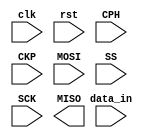
module receiver_SPI(
    // Inputs
    clk,     // Clock, viene del CPU
    rst,     // Reset del sistema
    CPH,     // Define el flanco de SCK 
    CKP,     // Define la polaridad de SCK
    MOSI,    // Recibe bit por bit la información enviada por el Transmisor
    data_in, // Ingreso de dato que debe enviarse por MOSI
    SS,      // Prepara para iniciar el envío de información (CS)
    SCK,     // Reloj interno que sale del Transmisor
   
    // Outputs
    MISO    // Comunicación Receptor -> Transmisor, bit por bit
    ); 

    // Declaración de entradas (inputs)
    input clk, rst, CPH, CKP, MOSI, SS, SCK; 
    input [15:0] data_in; 

    // Declaración de salidas (outputs)
    output reg MISO;

    // Asignando estados
    localparam WAITING = 2'b00;
    localparam START = 2'b01; 
    localparam TRANSFER = 2'b10;
    
    // Para la frecuencia de SCK
    localparam DIV_FREQ = 2;

    // Variables internas
    reg [2:0] state, nx_state;         // Para manejar los estados
    reg [6:0] count_bit, nx_count_bit; // Para contar los bits que salen 
    reg [DIV_FREQ-1:0] div_freq;       // Para calcular SCK
    reg [15:0] inter_data, nx_inter_data;              // Variable interna, almacena data_in
    wire posedge_sck;                  // Capturar Posedge SCK
    wire negedge_sck;                  // Capturar Negedge SCK

    reg sck_anterior; 
    assign posedge_sck = !sck_anterior && SCK; // Flanco positivo de SCK
    assign negedge_sck = sck_anterior && !SCK; // Flanco negativo de SCK
    
    // Declarando FFs
    always @(posedge clk) begin
        if (!rst) begin
            state        <= WAITING;
            count_bit    <= 0;
            div_freq     <= 0;
            sck_anterior <= 0;
            inter_data <= 0; 
        end else begin
            state        <= nx_state;
            count_bit    <= nx_count_bit;
            div_freq     <= div_freq+1;
            sck_anterior <= SCK;
            inter_data   <= nx_inter_data ; 

        end
    end // Fin declaración de FFs

    // Declaración lógica combinacional
    always @(*)begin
        nx_state = state; 
        nx_count_bit = count_bit;
        nx_inter_data = inter_data;

        /*            CPK     CPH
            Modo 00    0       0
            Modo 01    0       1
            Modo 10    1       0
            Modo 11    1       1
        */
        
        case(state)

        endcase

    end

endmodule